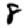
Digit: 8